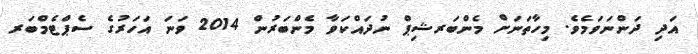
އަދި ދަންނަވަމެވެ. މިހާތަނަށް މެންބަރޝިޕް ނުދައްކަވާ މެންބަރުން 2014 ވަނަ އަހަރުގެ ސެޕްޓެމްބަރ